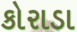
કોરાડા